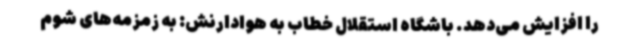
را افزایش می‌دهد. باشگاه استقلال خطاب به هوادارنش: به زمزمه‌های شوم